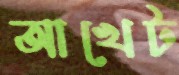
আখেট